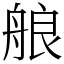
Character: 艆